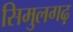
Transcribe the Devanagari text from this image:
सिमुलगढ़